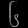
Digit: ၆